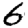
Digit: 6